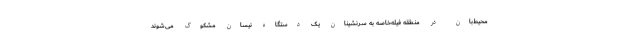
محیط‌بان در منطقه فیله‌خاصه به سرنشینان یک دستگاه نیسان مشکوک می‌شوند